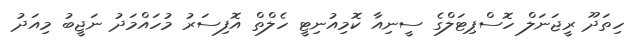
ހިތަދޫ ރީޖަނަލް ހޮސްޕިޓަލްގެ ސީނިއާ ކޮމިއުނިޓީ ހެލްތް އޮފިސަރު މުހައްމަދު ނަޖީބު މިއަދު